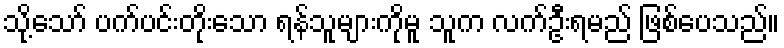
သို့သော် ပက်ပင်းတိုးသော ရန်သူများကိုမူ သူက လက်ဦးရမည် ဖြစ်ပေသည်။